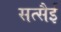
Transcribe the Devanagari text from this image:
सत्सैई